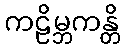
ကဠိမ္ဘကန္တိ